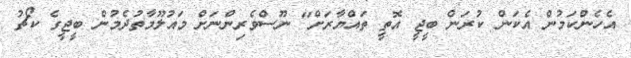
އެހެންކަމުން އެކަން ކުރަން ބީޖީ އޮތީ ތައްޔާރަށް" ނޫސްވެރިންނަށް މައުލޫމާތުދެމުން ބީޖީގެ ކޯޗު